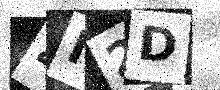
Text: 4I2D